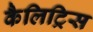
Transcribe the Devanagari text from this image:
कैलिट्रिस